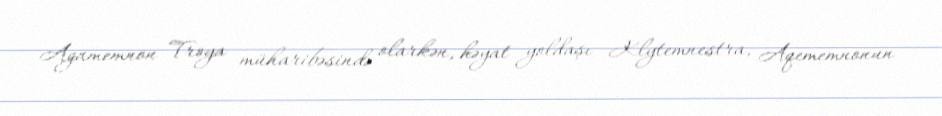
Agamemnon Troya müharibəsində olarkən, həyat yoldaşı Klytemnestra, Aqememnonun